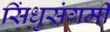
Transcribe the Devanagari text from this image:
सिंधुसंगमीं